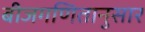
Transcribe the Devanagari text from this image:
बीजगणितानुसार